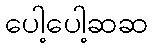
ပေါ့ပေါ့ဆဆ